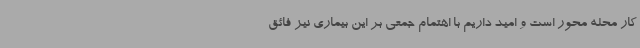
کار محله محور است و امید داریم با اهتمام جمعی بر این بیماری نیز فائق